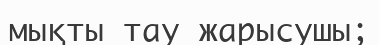
мықты тау жарысушы;